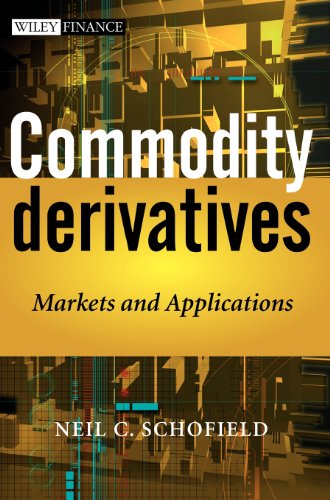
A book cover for Commodity Derivatives: Markets and Applications; Neil C. Schofield; Business & Money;